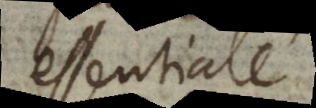
essentiale